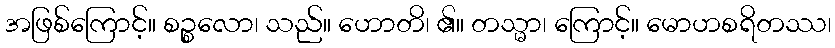
အဖြစ်ကြောင့်။ စဉ္စလော၊ သည်။ ဟောတိ၊ ၏။ တသ္မာ၊ ကြောင့်။ မောဟစရိတဿ၊